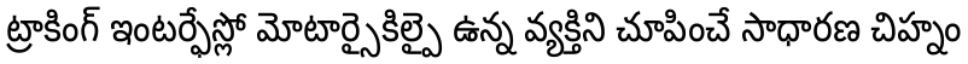
ట్రాకింగ్ ఇంటర్ఫేస్లో మోటార్సైకిల్పై ఉన్న వ్యక్తిని చూపించే సాధారణ చిహ్నం